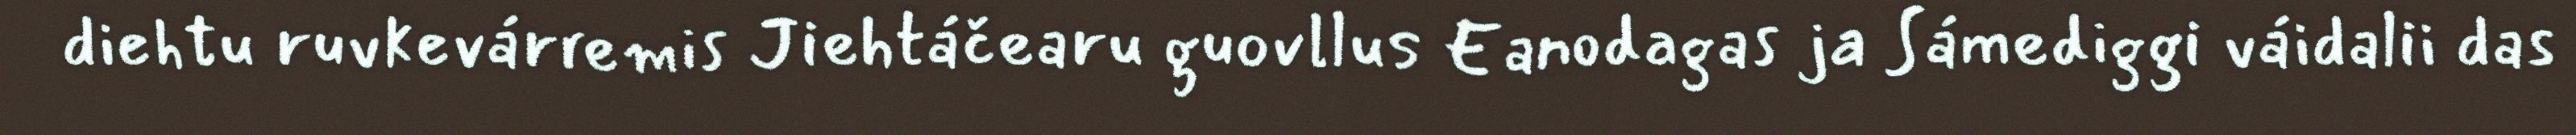
diehtu ruvkevárremis Jiehtáčearu guovllus Eanodagas ja Sámediggi váidalii das